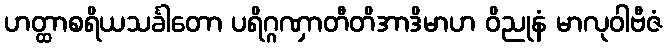
ဟတ္ထာစရိယသင်္ခါတော ပရိဂ္ဂဏှာတီတိအာဒိမာဟ ဝိညုနံ မာလုဝါဗီဇံ